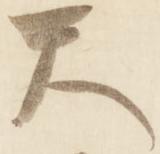
天